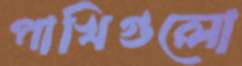
পাখিগুলো